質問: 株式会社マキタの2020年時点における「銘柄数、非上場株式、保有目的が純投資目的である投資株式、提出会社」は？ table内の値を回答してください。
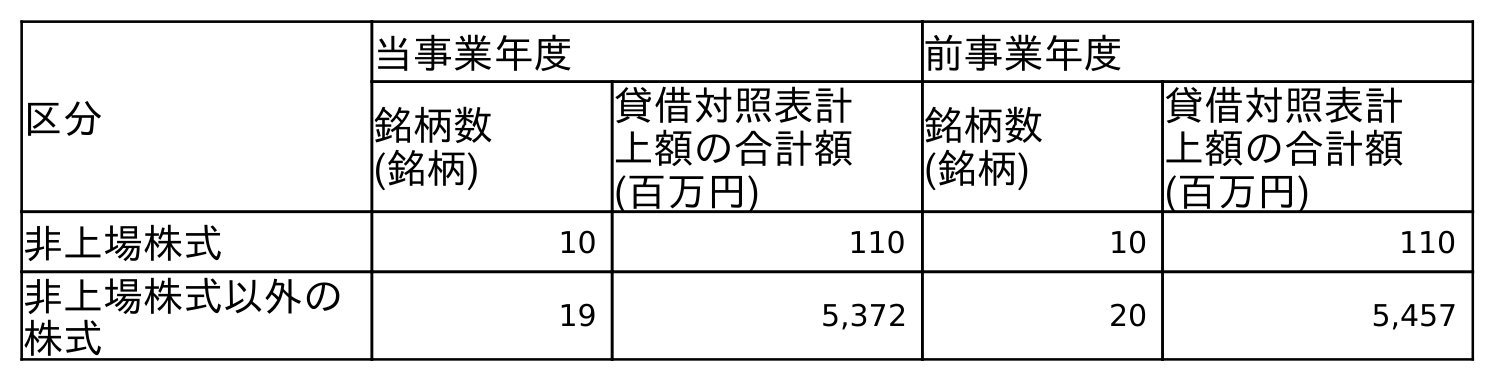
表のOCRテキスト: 区分 当事業年度 前事業年度 銘柄数 (銘柄) 貸借対照表計 上額の合計額 (百万円) 銘柄数 (銘柄) 貸借対照表計 上額の合計額 (百万円) 非上場株式 10 110 10 110 非上場株式以外の 株式 19 5,372 20 5,457
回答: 10